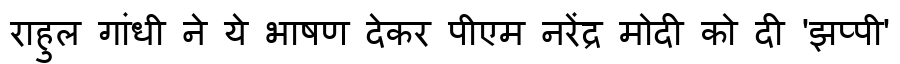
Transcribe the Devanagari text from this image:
राहुल गांधी ने ये भाषण देकर पीएम नरेंद्र मोदी को दी 'झप्पी'